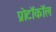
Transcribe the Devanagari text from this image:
प्रोटॉकॉल